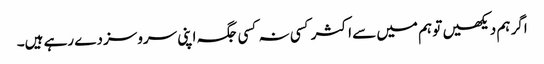
اگر ہم دیکھیں تو ہم میں سے اکثر کسی نہ کسی جگہ اپنی سروسز دے رہے ہیں۔